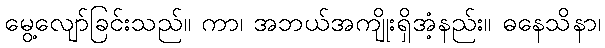
မွေ့လျော်ခြင်းသည်။ ကာ၊ အဘယ်အကျိုးရှိအံ့နည်း။ ဓနေသိနာ၊